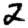
Digit: 2